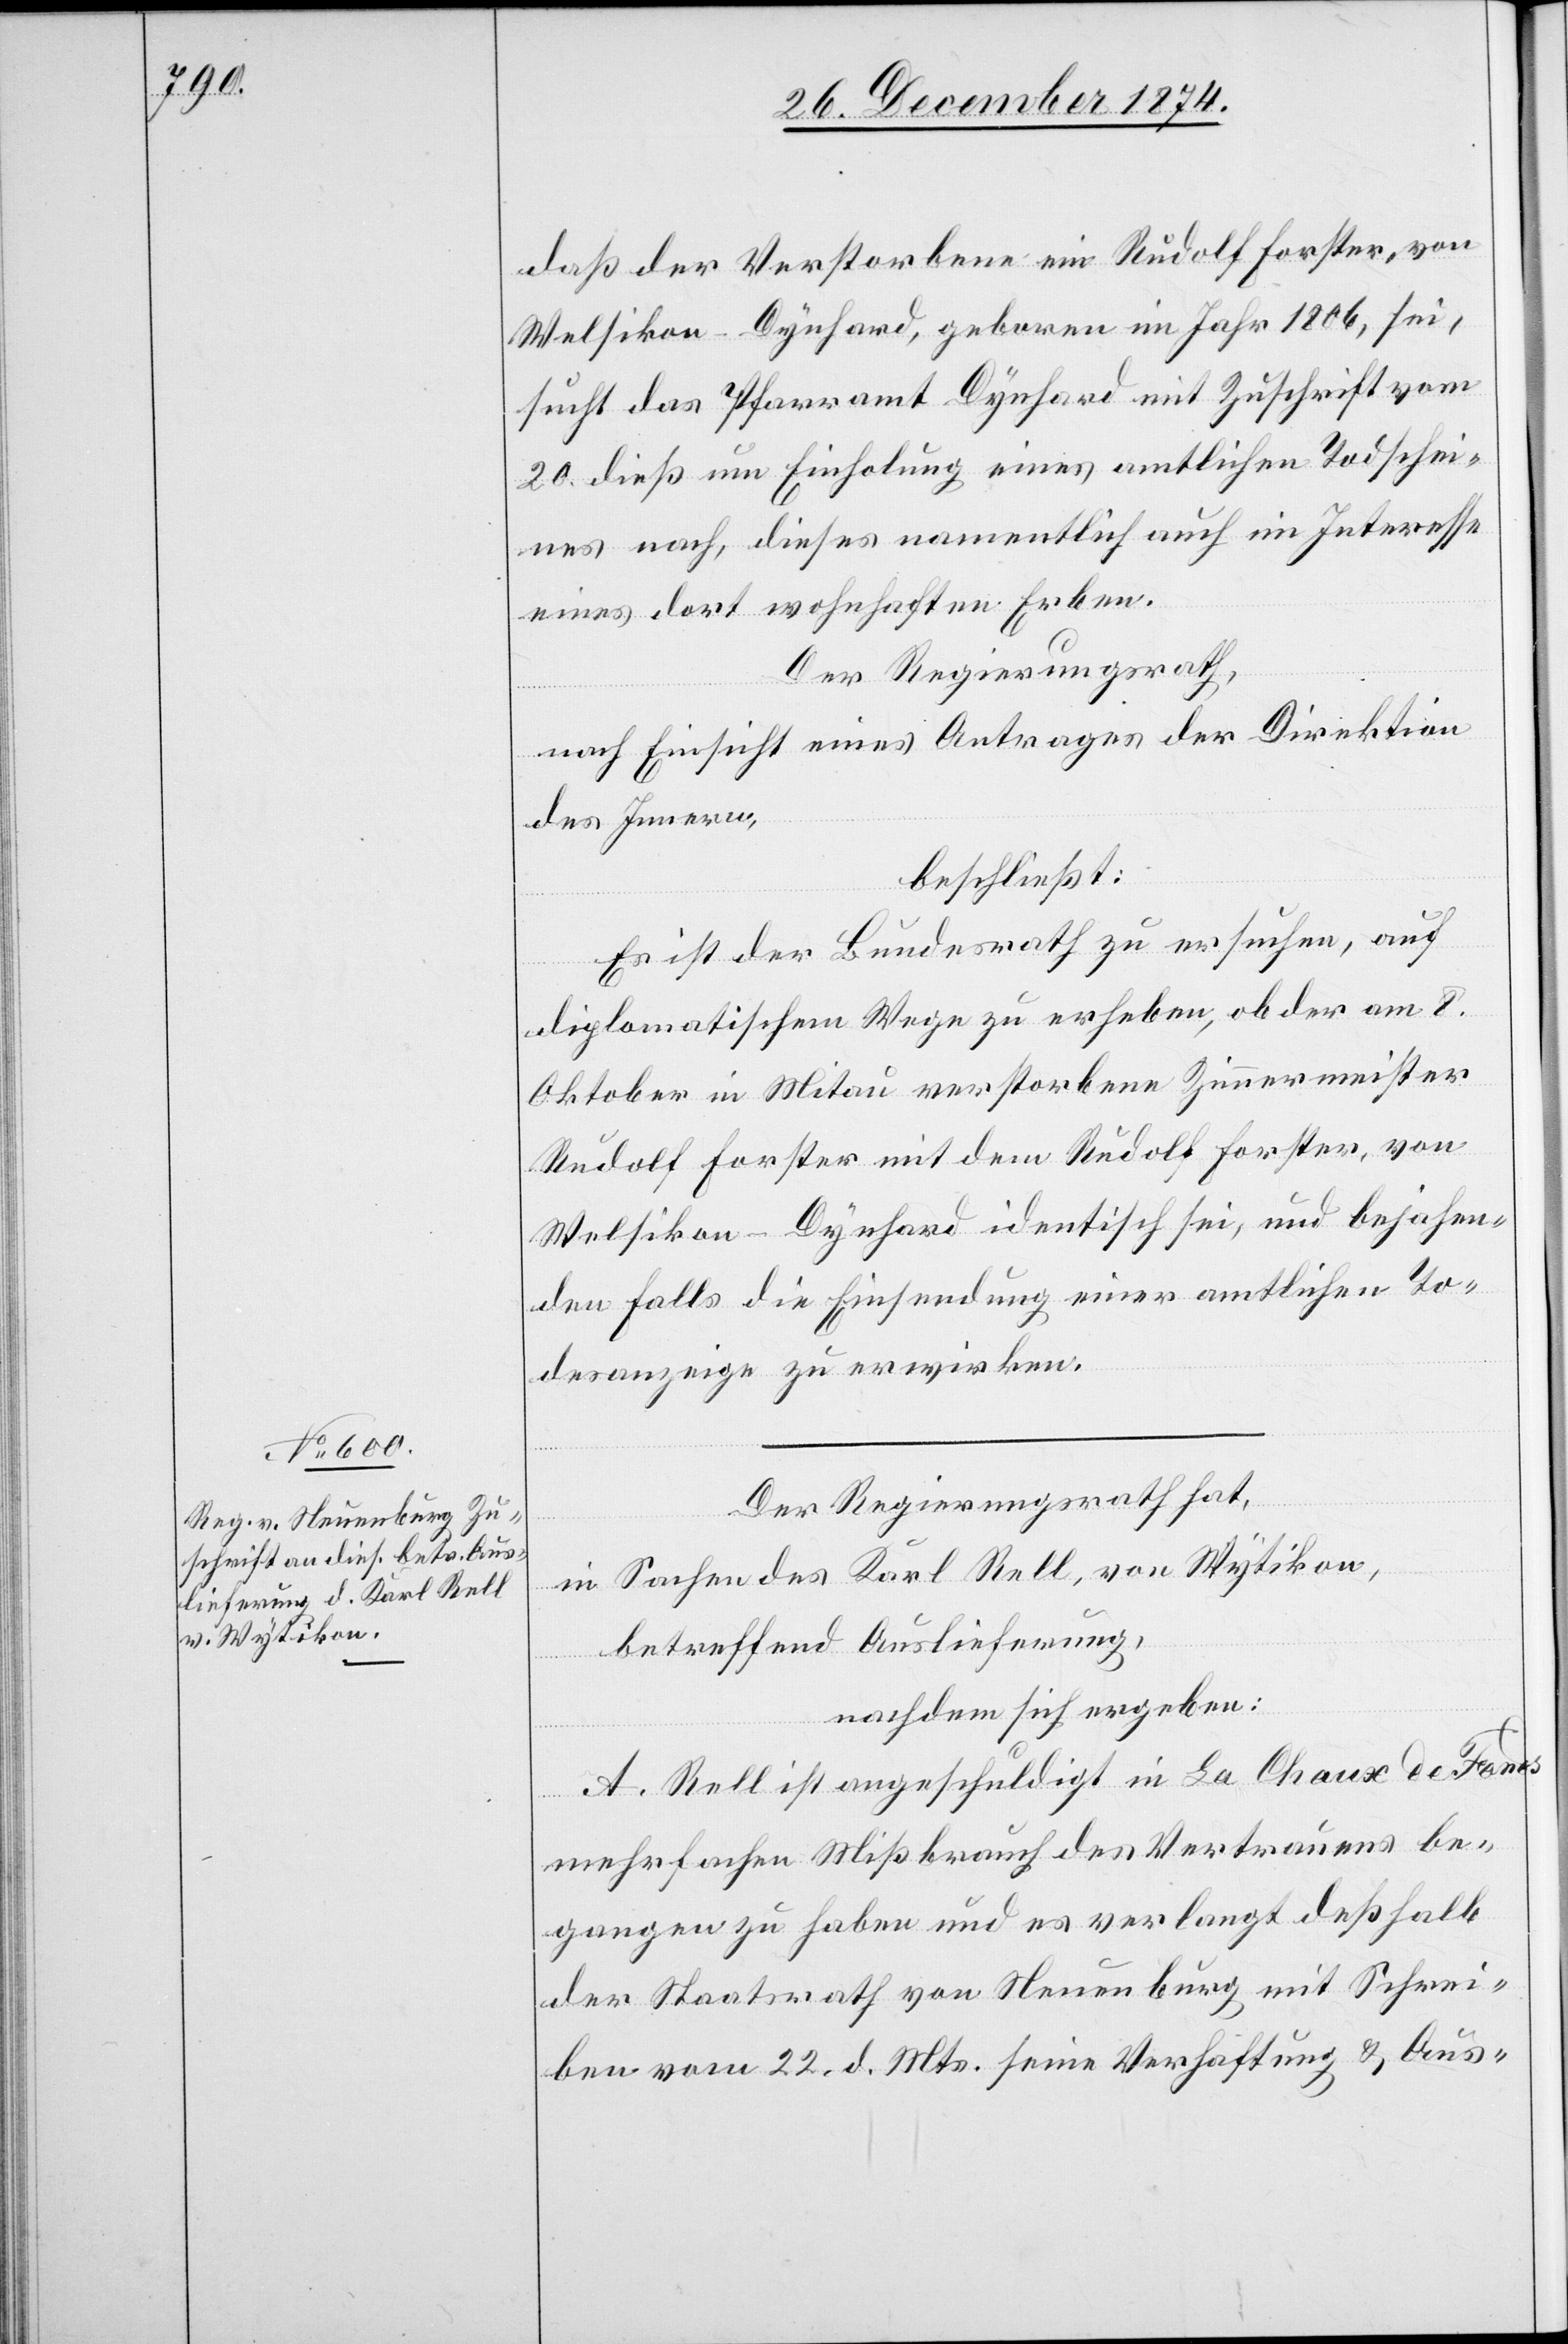
daß der Verstorbene ein Rudolf Forster, von
Welsikon - Dynhard, geboren im Jahr 1806, sei,
sucht das Pfarramt Dynhard mit Zuschrift vom
20. dieß um Einholung eines amtlichen Todschei¬
nes nach, dieses namentlich auch im Interesse
eines dort wohnhaften Erben.
Der Regierungsrath,
nach Einsicht eines Antrages der Direktion
des Innern,
beschließt:
Es ist der Bundesrath zu ersuchen, auf
diplomatischem Wege zu erheben, ob der am 8.
Oktober in Mitau verstorbene Zimmermeister
Rudolf Forster mit dem Rudolf Forster, von
Welsikon - Dynhard identisch sei, und bejahen¬
den Falls die Einsendung einer amtlichen To¬
desanzeige zu erwirken.
Der Regierungsrath hat,
in Sachen des Karl Rell, von Wytikon,
betreffend Auslieferung,
nachdem sich ergeben:
A. Rell ist angeschuldigt in La Chaux de Fonds
mehrfachen Mißbrauch des Vertrauens be¬
gangen zu haben und es verlangt deßhalb
der Staatsrath von Neuenburg mit Schrei¬
ben vom 22. d. Mts. seine Verhaftung & Aus-